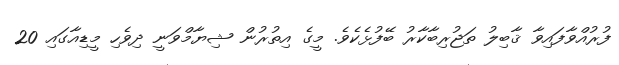
ފުރުއްވާފައިވާ ޤާބިލު ތަޖުރިބާކާރު ބޭފުޅެކެވެ. މީގެ އިތުރުން ޝިޔާމްވަނީ ދިވެހި މީޑިއާގައި 20